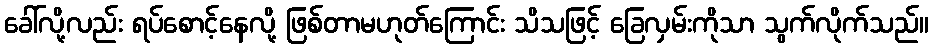
ခေါ်လို့လည်း ရပ်စောင့်နေလို့ ဖြစ်တာမဟုတ်ကြောင်း သိသဖြင့် ခြေလှမ်းကိုသာ သွက်လိုက်သည်။